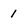
Character: 1